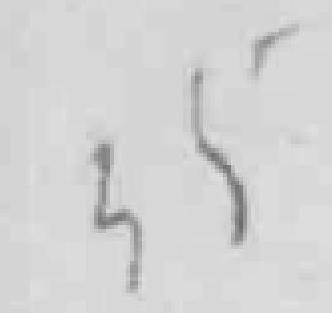
35